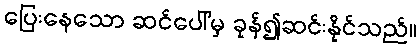
ပြေးနေသော ဆင်ပေါ်မှ ခုန်၍ဆင်းနိုင်သည်။